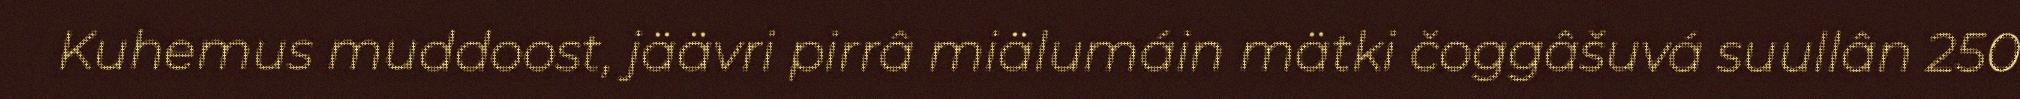
Kuhemus muddoost, jäävri pirrâ miälumáin mätki čoggâšuvá suullân 250